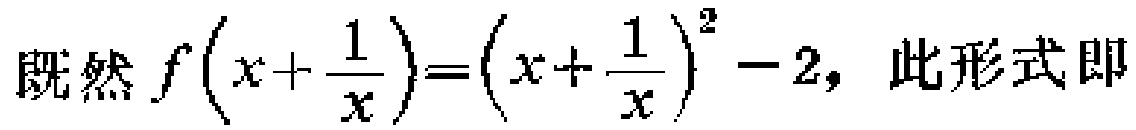
既然 \(f\left(x+\frac{1}{x}\right)=\left(x+\frac{1}{x}\right)^{2}-2\)，此形式即